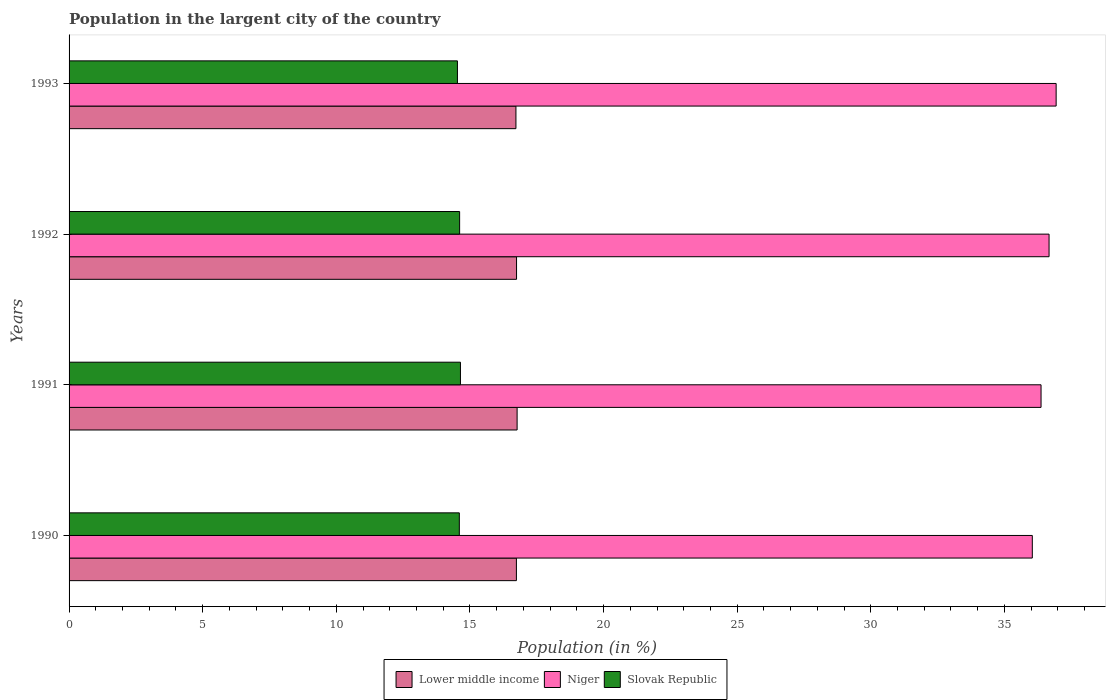
| Years | Lower middle income | Niger | Slovak Republic |
 | --- | --- | --- | --- |
 | 1990 | 16.7 | 36 | 14.6 |
 | 1991 | 16.8 | 36.4 | 14.6 |
 | 1992 | 16.7 | 36.7 | 14.6 |
 | 1993 | 16.7 | 36.9 | 14.5 |